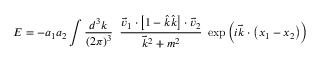
E = - a _ { 1 } a _ { 2 } \int { \frac { d ^ { 3 } k } { ( 2 \pi ) ^ { 3 } } } \; \; { \frac { { \vec { v } } _ { 1 } \cdot \left[ 1 - { \hat { k } } { \hat { k } } \right] \cdot { \vec { v } } _ { 2 } } { { \vec { k } } ^ { 2 } + m ^ { 2 } } } \; \exp \left( i { \vec { k } } \cdot \left( x _ { 1 } - x _ { 2 } \right) \right)